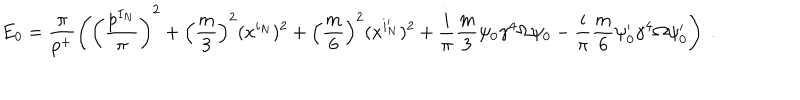
E _ { 0 } = \frac { \pi } { p ^ { + } } \left( \left( \frac { p ^ { I _ { N } } } { \pi } \right) ^ { 2 } + \left( \frac { m } { 3 } \right) ^ { 2 } ( x ^ { i _ { N } } ) ^ { 2 } + \left( \frac { m } { 6 } \right) ^ { 2 } ( x ^ { i _ { N } ^ { \prime } } ) ^ { 2 } + \frac { i } { \pi } \frac { m } { 3 } \psi _ { 0 } \gamma ^ { 4 } \Omega \psi _ { 0 } - \frac { i } { \pi } \frac { m } { 6 } \psi _ { 0 } ^ { \prime } \gamma ^ { 4 } \Omega \psi _ { 0 } ^ { \prime } \right) ~ .